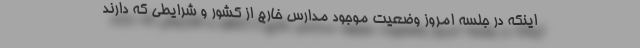
اینکه در جلسه امروز وضعیت موجود مدارس خارج از کشور و شرایطی که دارند